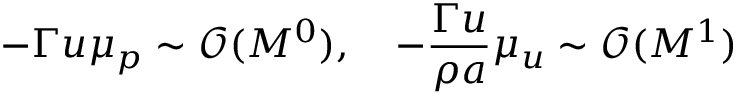
- \Gamma u \mu _ { p } \sim \mathcal { O } ( M ^ { 0 } ) , \quad - \frac { \Gamma u } { \rho a } \mu _ { u } \sim \mathcal { O } ( M ^ { 1 } )